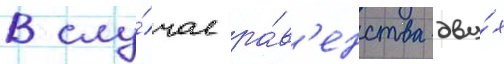
В слу́чае ра́в'енства дву́х